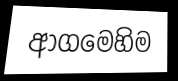
ආගමෙහිම